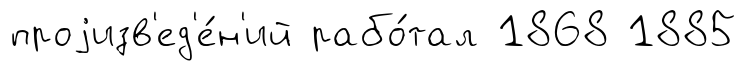
проjизв'ед'е́н'ий рабо́тал 1868 1885